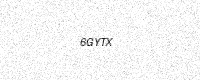
Text: 6GYTX